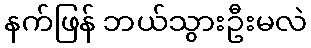
နက်ဖြန် ဘယ်သွားဦးမလဲ